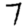
Digit: 7